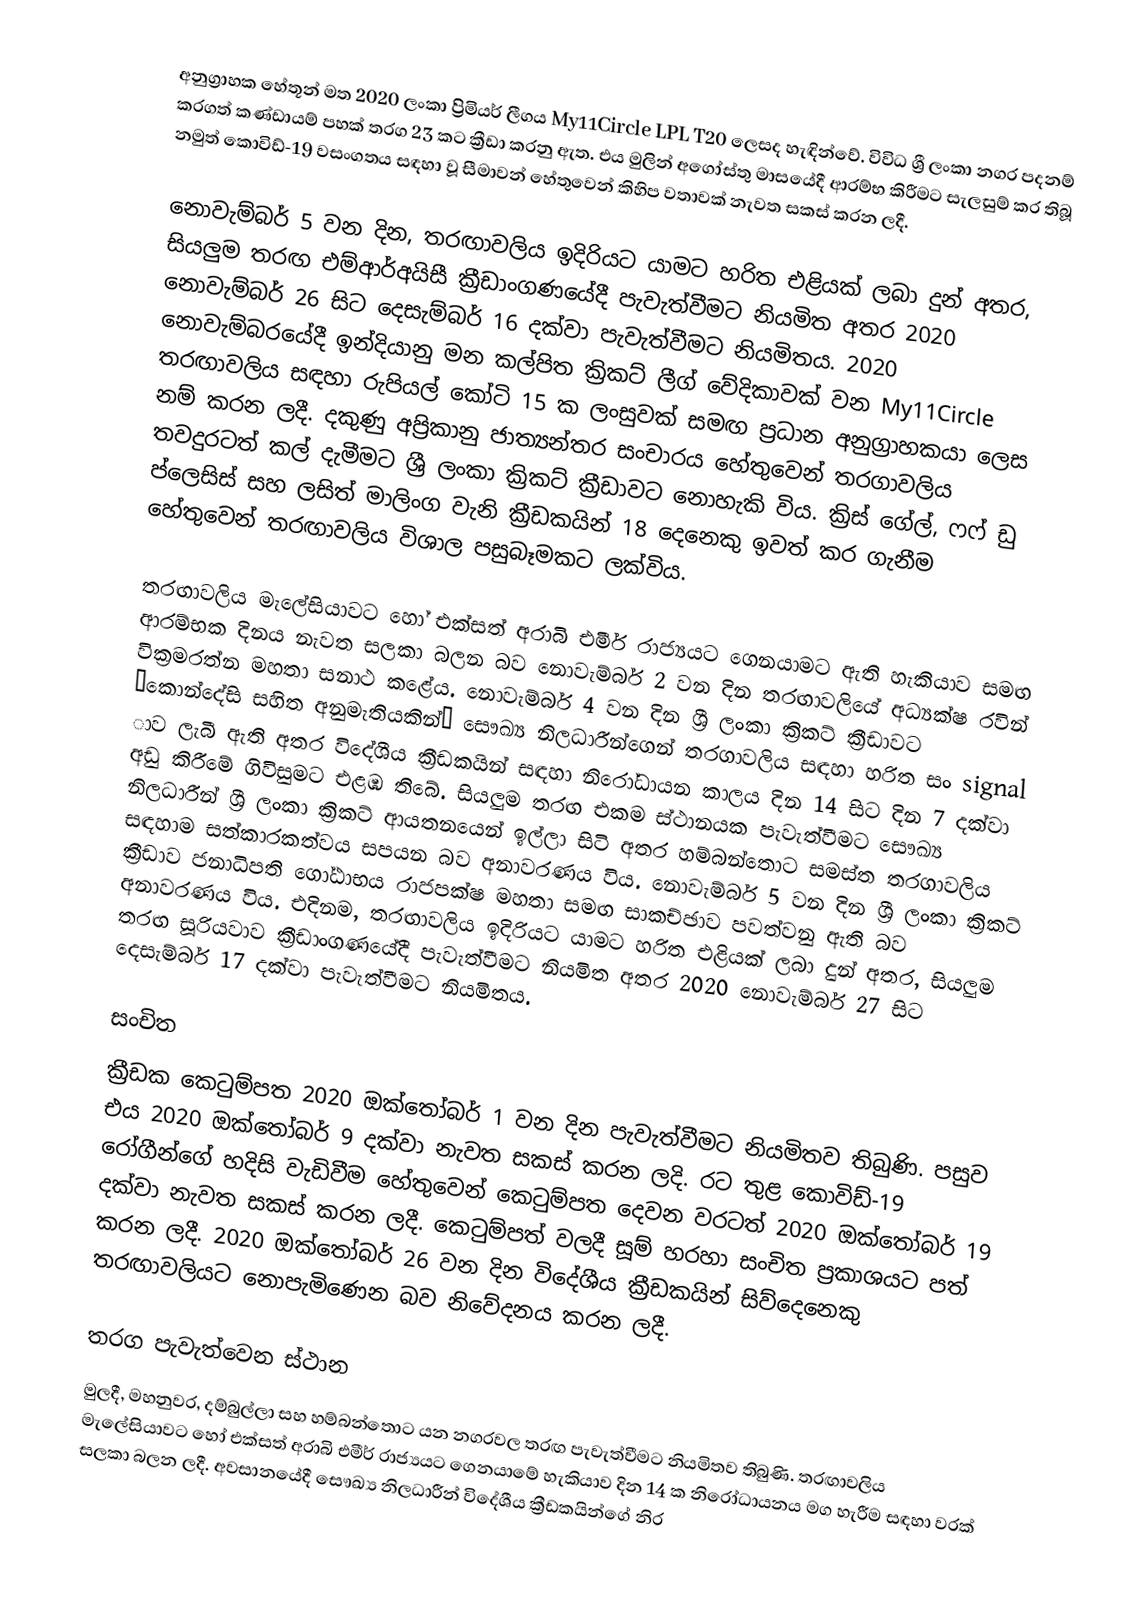
අනුග්‍රාහක හේතූන් මත 2020 ලංකා ප්‍රිමියර් ලීගය My11Circle LPL T20 ලෙසද හැඳින්වේ. විවිධ ශ්‍රී ලංකා නගර පදනම් කරගත් කණ්ඩායම් පහක් තරග 23 කට ක්‍රීඩා කරනු ඇත. එය මුලින් අගෝස්තු මාසයේදී ආරම්භ කිරීමට සැලසුම් කර තිබූ නමුත් කොවිඩ්-19 වසංගතය සඳහා වූ සීමාවන් හේතුවෙන් කිහිප වතාවක් නැවත සකස් කරන ලදී.

නොවැම්බර් 5 වන දින, තරඟාවලිය ඉදිරියට යාමට හරිත එළියක් ලබා දුන් අතර, සියලුම තරඟ එම්ආර්අයිසී ක්‍රීඩාංගණයේදී පැවැත්වීමට නියමිත අතර 2020 නොවැම්බර් 26 සිට දෙසැම්බර් 16 දක්වා පැවැත්වීමට නියමිතය. 2020 නොවැම්බරයේදී ඉන්දියානු මන කල්පිත ක්‍රිකට් ලීග් වේදිකාවක් වන My11Circle තරඟාවලිය සඳහා රුපියල් කෝටි 15 ක ලංසුවක් සමඟ ප්‍රධාන අනුග්‍රාහකයා ලෙස නම් කරන ලදී. දකුණු අප්‍රිකානු ජාත්‍යන්තර සංචාරය හේතුවෙන් තරගාවලිය තවදුරටත් කල් දැමීමට ශ්‍රී ලංකා ක්‍රිකට් ක්‍රීඩාවට නොහැකි විය. ක්‍රිස් ගේල්, ෆෆ් ඩු ප්ලෙසිස් සහ ලසිත් මාලිංග වැනි ක්‍රීඩකයින් 18 දෙනෙකු ඉවත් කර ගැනීම හේතුවෙන් තරඟාවලිය විශාල පසුබෑමකට ලක්විය.

තරඟාවලිය මැලේසියාවට හෝ එක්සත් අරාබි එමීර් රාජ්‍යයට ගෙනයාමට ඇති හැකියාව සමඟ ආරම්භක දිනය නැවත සලකා බලන බව නොවැම්බර් 2 වන දින තරඟාවලියේ අධ්‍යක්ෂ රවින් වික්‍රමරත්න මහතා සනාථ කළේය. නොවැම්බර් 4 වන දින ශ්‍රී ලංකා ක්‍රිකට් ක්‍රීඩාවට “කොන්දේසි සහිත අනුමැතියකින්” සෞඛ්‍ය නිලධාරීන්ගෙන් තරගාවලිය සඳහා හරිත සං signal ාව ලැබී ඇති අතර විදේශීය ක්‍රීඩකයින් සඳහා නිරෝධායන කාලය දින 14 සිට දින 7 දක්වා අඩු කිරීමේ ගිවිසුමට එළඹ තිබේ. සියලුම තරඟ එකම ස්ථානයක පැවැත්වීමට සෞඛ්‍ය නිලධාරීන් ශ්‍රී ලංකා ක්‍රිකට් ආයතනයෙන් ඉල්ලා සිටි අතර හම්බන්තොට සමස්ත තරගාවලිය සඳහාම සත්කාරකත්වය සපයන බව අනාවරණය විය. නොවැම්බර් 5 වන දින ශ්‍රී ලංකා ක්‍රිකට් ක්‍රීඩාව ජනාධිපති ගෝඨාභය රාජපක්ෂ මහතා සමඟ සාකච්ඡාව පවත්වනු ඇති බව අනාවරණය විය. එදිනම, තරඟාවලිය ඉදිරියට යාමට හරිත එළියක් ලබා දුන් අතර, සියලුම තරඟ සූරියවාව ක්‍රීඩාංගණයේදී පැවැත්වීමට නියමිත අතර 2020 නොවැම්බර් 27 සිට දෙසැම්බර් 17 දක්වා පැවැත්වීමට නියමිතය.

සංචිත
ක්‍රීඩක කෙටුම්පත 2020 ඔක්තෝබර් 1 වන දින පැවැත්වීමට නියමිතව තිබුණි. පසුව එය 2020 ඔක්තෝබර් 9 දක්වා නැවත සකස් කරන ලදි. රට තුළ කොවිඩ්-19  රෝගීන්ගේ හදිසි වැඩිවීම හේතුවෙන් කෙටුම්පත දෙවන වරටත් 2020 ඔක්තෝබර් 19 දක්වා නැවත සකස් කරන ලදී. කෙටුම්පත් වලදී සූම් හරහා සංචිත ප්‍රකාශයට පත් කරන ලදී. 2020 ඔක්තෝබර් 26 වන දින විදේශීය ක්‍රීඩකයින් සිව්දෙනෙකු තරඟාවලියට නොපැමිණෙන බව නිවේදනය කරන ලදී.

තරග පැවැත්වෙන ස්ථාන
මුලදී, මහනුවර, දම්බුල්ලා සහ හම්බන්තොට යන නගරවල තරඟ පැවැත්වීමට නියමිතව තිබුණි. තරඟාවලිය මැලේසියාවට හෝ එක්සත් අරාබි එමීර් රාජ්‍යයට ගෙනයාමේ හැකියාව දින 14 ක නිරෝධායනය මග හැරීම සඳහා වරක් සලකා බලන ලදී. අවසානයේදී සෞඛ්‍ය නිලධාරීන් විදේශීය ක්‍රීඩකයින්ගේ නිර